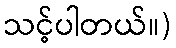
သင့်ပါတယ်။)